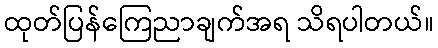
ထုတ်ပြန်ကြေညာချက်အရ သိရပါတယ်။